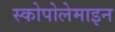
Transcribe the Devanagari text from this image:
स्कोपोलेमाइन